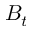
B _ { t }